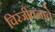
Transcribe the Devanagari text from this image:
चिरंजीवनाचे